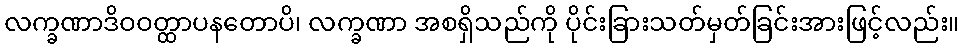
လက္ခဏာဒိဝဝတ္ထာပနတောပိ၊ လက္ခဏာ အစရှိသည်ကို ပိုင်းခြားသတ်မှတ်ခြင်းအားဖြင့်လည်း။